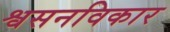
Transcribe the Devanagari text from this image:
श्वसनविकार